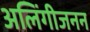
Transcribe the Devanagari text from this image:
अलिंगीजनन